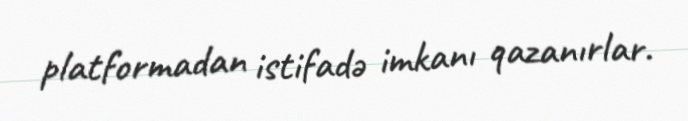
platformadan istifadə imkanı qazanırlar.